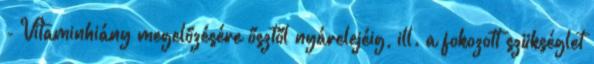
- Vitaminhiány megelőzésére ősztől nyárelejéig, ill. a fokozott szükséglet